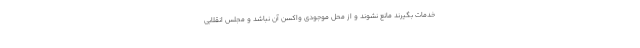
خدمات بگیرند مانع نشوند و از محل موجودی واکسن آن نباشد و مجلس انقلابی